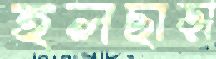
হলছাড়া